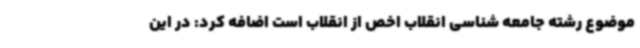
موضوع رشته جامعه شناسی انقلاب اخص از انقلاب است اضافه کرد: در این